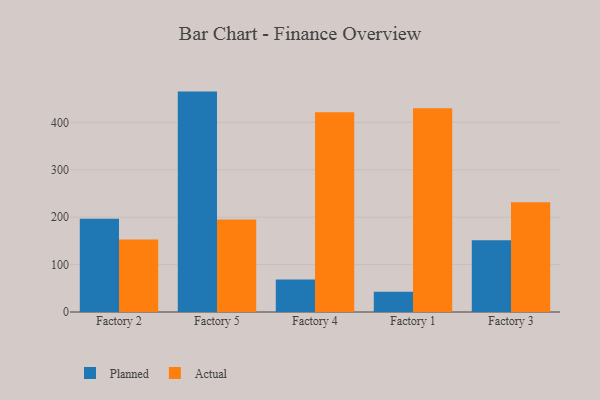
{"axis": {"x": "Factory", "y": "Active Users"}, "legend": ["Actual", "Planned"], "data": [{"x": "Factory 2", "y": 196.9, "type": "Planned"}, {"x": "Factory 2", "y": 153.0, "type": "Actual"}, {"x": "Factory 5", "y": 464.9, "type": "Planned"}, {"x": "Factory 5", "y": 195.3, "type": "Actual"}, {"x": "Factory 4", "y": 68.5, "type": "Planned"}, {"x": "Factory 4", "y": 421.5, "type": "Actual"}, {"x": "Factory 1", "y": 42.8, "type": "Planned"}, {"x": "Factory 1", "y": 429.7, "type": "Actual"}, {"x": "Factory 3", "y": 151.5, "type": "Planned"}, {"x": "Factory 3", "y": 231.5, "type": "Actual"}]}